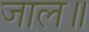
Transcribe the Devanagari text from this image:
जाल॥